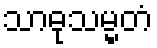
သာဓုသမ္မတံ